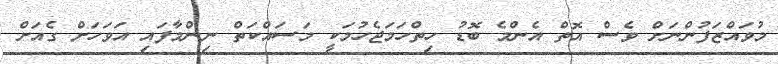
މުވައްޒަފުންނަށް ވެސް އޮތް އެންމެ ބޮޑު ހިތްހަމަޖެހުމަކީ މަސައްކަތް ނިންމާފައި އަވަހަށް ގެއަށް